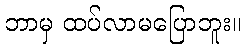
ဘာမှ ထပ်လာမပြောဘူး။